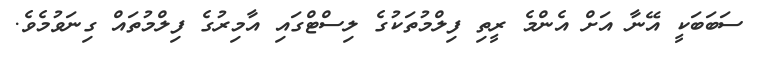
ސަބަބަކީ އޭނާ އަށް އެންމެ ރީތި ފިލްމުތަކުގެ ލިސްޓްގައި އާމިރުގެ ފިލްމުތައް ގިނަވުމެވެ.